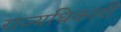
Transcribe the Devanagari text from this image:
राज्यधिकारी